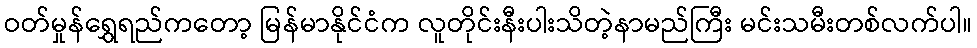
ဝတ်မှုန်ရွှေရည်ကတော့ မြန်မာနိုင်ငံက လူတိုင်းနီးပါးသိတဲ့နာမည်ကြီး မင်းသမီးတစ်လက်ပါ။